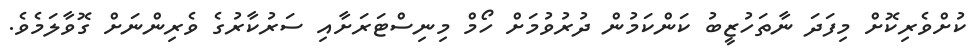
ކުށްވެރިކޮށް މިފަދަ ނާތަހުޒީބު ކަންކަމުން ދުރުވުމަށް ހޯމް މިނިސްޓަރަށާއި ސަރުކާރުގެ ވެރިންނަށް ގޮވާލަމެވެ.